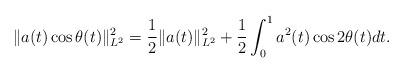
LaTeX: \begin{align*}\|a(t)\cos\theta(t)\|_{L^2}^2 =\frac1{2} \|a(t)\|_{L^2}^2+\frac1{2}\int_{0}^{1} a^2(t) \cos 2\theta(t) dt .\end{align*}